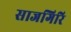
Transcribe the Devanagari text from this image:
साजगिरि